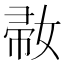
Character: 𡞒